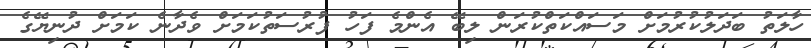
ހާލަތު ބަދަލުކުރުމަށް މަސައްކަތްކުރަން ލިބޭ އެންމެ ފަހު ފުރުސަތުކަމަށް ވެދާނެ ކަމަށް ދުނިޔޭގެ